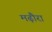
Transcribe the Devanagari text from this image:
मढ़ौरा